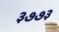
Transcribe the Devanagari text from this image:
३७७३